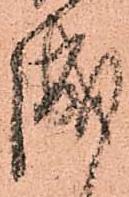
成